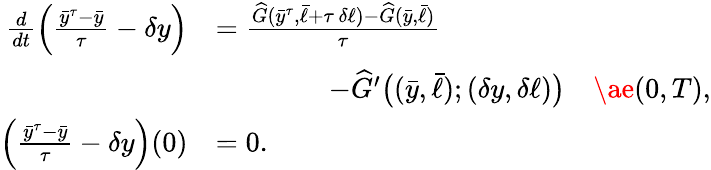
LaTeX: \begin{array}{rl}{\frac{d}{dt}\Big(\frac{\bar{y}^{\tau}-\bar{y}}{\tau}-\delta y\Big)}&{=\frac{\widehat G(\bar{y}^{\tau},\bar{\ell}+\tau\, \delta\ell)-\widehat G(\bar{y},\bar{\ell})}{\tau}}\\ &{\qquad\qquad-\widehat G^{\prime}\big((\bar{y},\bar{\ell});(\delta y,\delta\ell)\big)\quad\mathrm{\ae}(0,T),}\\ {\Big(\frac{\bar{y}^{\tau}-\bar{y}}{\tau}-\delta y\Big)(0)}&{=0.}\end{array}